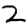
Digit: 2